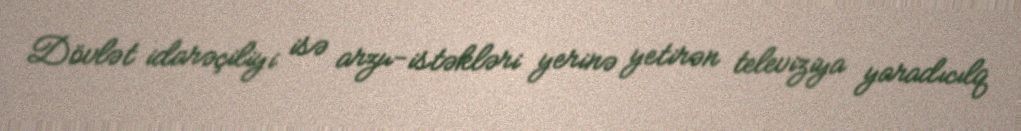
Dövlət idarəçiliyi isə arzu-istəkləri yerinə yetirən televiziya yaradıcılq